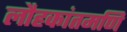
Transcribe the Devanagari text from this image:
लौहकांतमणि